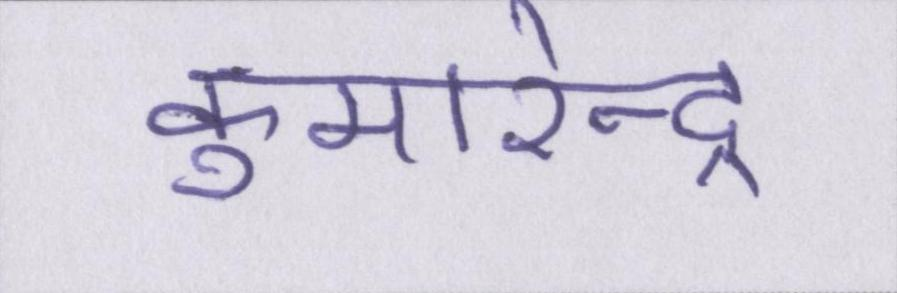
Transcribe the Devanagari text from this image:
कुमारेन्द्र